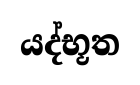
යද්භූත